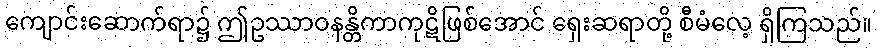
ကျောင်းဆောက်ရာ၌ ဤဥဿာဝနန္တိကာကုဋိဖြစ်အောင် ရှေးဆရာတို့ စီမံလေ့ ရှိကြသည်။